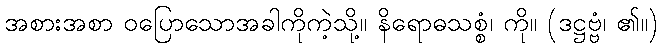
အစားအစာ ဝပြောသောအခါကိုကဲ့သို့။ နိရောဓသစ္စံ၊ ကို။ (ဒဋ္ဌဗ္ဗံ၊ ၏။)